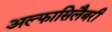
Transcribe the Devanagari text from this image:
अल्फासिलैबरी